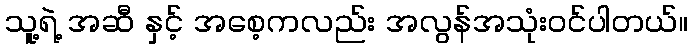
သူ့ရဲ့ အဆီ နှင့် အစေ့ကလည်း အလွန်အသုံးဝင်ပါတယ်။